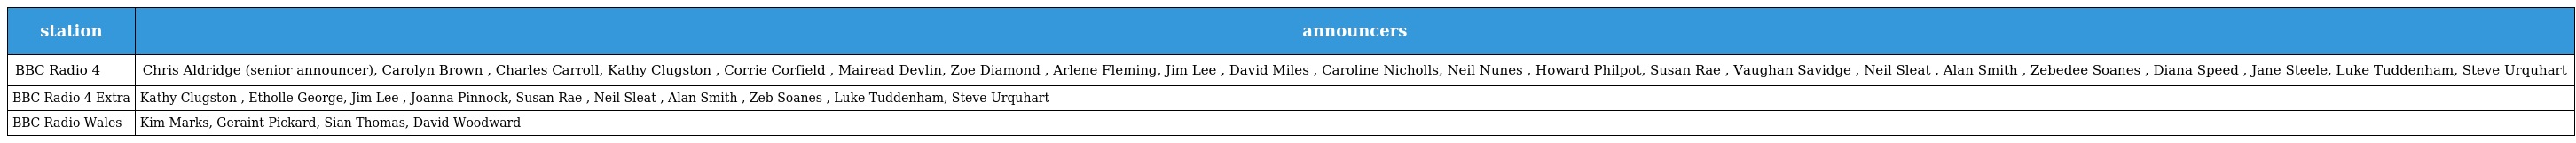
| station | announcers |
 | --- | --- |
 | BBC Radio 4 | Chris Aldridge (senior announcer), Carolyn Brown , Charles Carroll, Kathy Clugston , Corrie Corfield , Mairead Devlin, Zoe Diamond , Arlene Fleming, Jim Lee , David Miles , Caroline Nicholls, Neil Nunes , Howard Philpot, Susan Rae , Vaughan Savidge , Neil Sleat , Alan Smith , Zebedee Soanes , Diana Speed , Jane Steele, Luke Tuddenham, Steve Urquhart |
 | BBC Radio 4 Extra | Kathy Clugston , Etholle George, Jim Lee , Joanna Pinnock, Susan Rae , Neil Sleat , Alan Smith , Zeb Soanes , Luke Tuddenham, Steve Urquhart |
 | BBC Radio Wales | Kim Marks, Geraint Pickard, Sian Thomas, David Woodward |